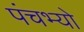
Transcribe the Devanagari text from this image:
पंचभ्यो